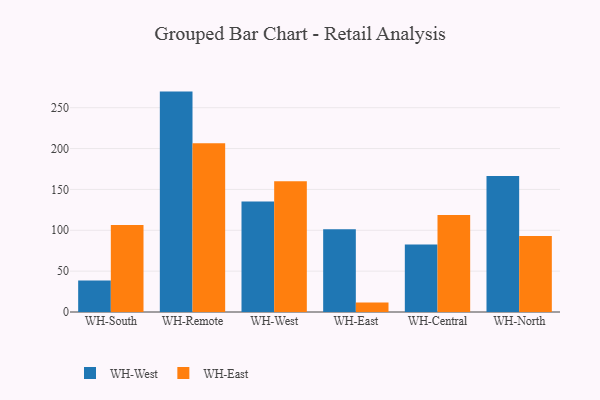
{"axis": {"x": "Warehouse", "y": "Churn Rate (%)"}, "legend": ["WH-East", "WH-West"], "data": [{"x": "WH-South", "y": 38.5, "type": "WH-West"}, {"x": "WH-South", "y": 106.4, "type": "WH-East"}, {"x": "WH-Remote", "y": 269.7, "type": "WH-West"}, {"x": "WH-Remote", "y": 206.6, "type": "WH-East"}, {"x": "WH-West", "y": 135.2, "type": "WH-West"}, {"x": "WH-West", "y": 159.9, "type": "WH-East"}, {"x": "WH-East", "y": 101.3, "type": "WH-West"}, {"x": "WH-East", "y": 11.7, "type": "WH-East"}, {"x": "WH-Central", "y": 82.5, "type": "WH-West"}, {"x": "WH-Central", "y": 118.6, "type": "WH-East"}, {"x": "WH-North", "y": 166.5, "type": "WH-West"}, {"x": "WH-North", "y": 93.0, "type": "WH-East"}]}